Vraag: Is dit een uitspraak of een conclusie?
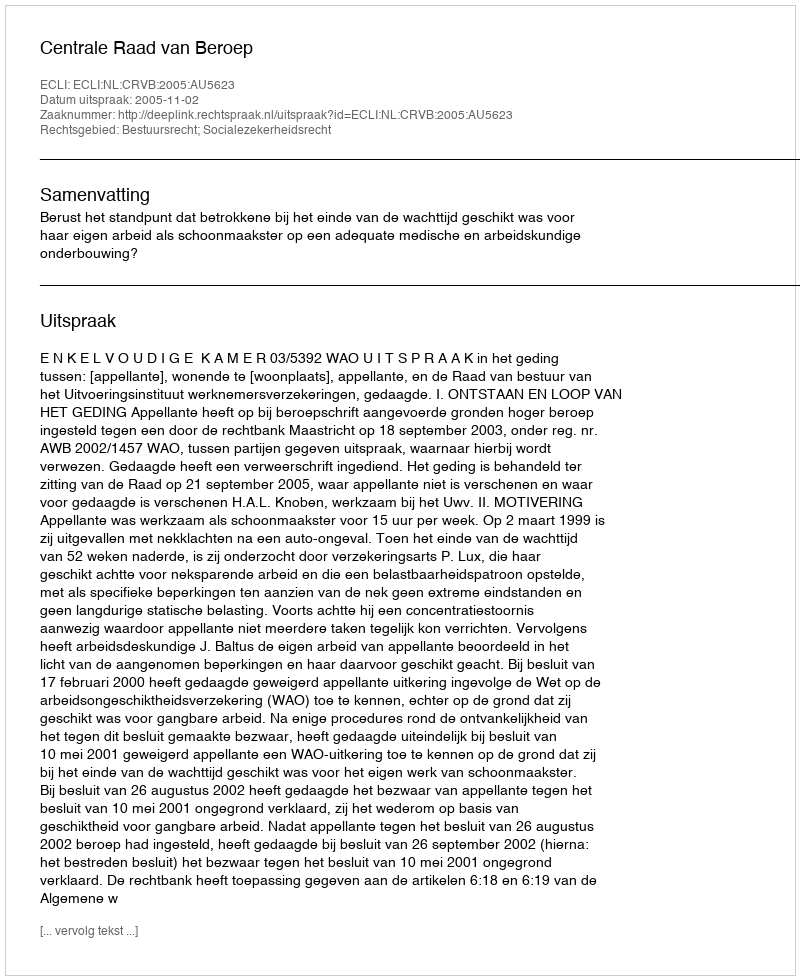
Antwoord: Uitspraak